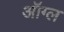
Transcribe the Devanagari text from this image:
ऑग्ल